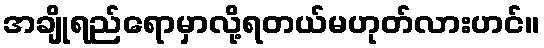
အချိုရည်ရောမှာလို့ရတယ်မဟုတ်လားဟင်။